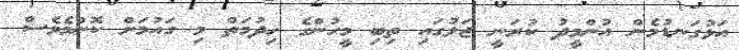
އަޅުގަނޑުމެން އުންމީދު ކުރަނީ ޖަލުގައި ތިބި މީހުންގެ ހިދުމަތް މި ގައުމަށް ކޮންމެވެސް